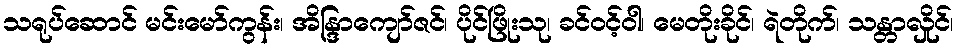
သရုပ်ဆောင် မင်းမော်ကွန်း၊ အိန္ဒြာကျော်ဇင်၊ ပိုင်ဖြိုးသု၊ ခင်ဝင့်ဝါ၊ မေတိုးခိုင်၊ ရဲတိုက်၊ သန္တာလှိုင်၊